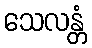
သေလန္တံ